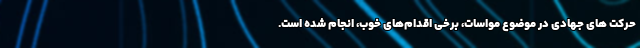
حرکت های جهادی در موضوع مواسات، برخی اقدام‌های خوب، انجام شده است.